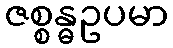
ဇစ္စန္ဓဥပမာ